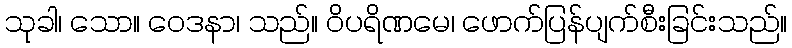
သုခါ၊ သော။ ဝေဒနာ၊ သည်။ ဝိပရိဏမေ၊ ဖောက်ပြန်ပျက်စီးခြင်းသည်။